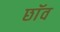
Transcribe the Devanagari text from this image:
छाॅव